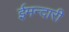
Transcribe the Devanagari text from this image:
ईमन्दारी